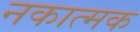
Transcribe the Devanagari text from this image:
नकात्मक